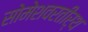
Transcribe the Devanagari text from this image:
सोमेशवरतीर्थ